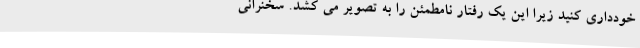
خودداری کنید زیرا این یک رفتار نامطمئن را به تصویر می کشد. سخنرانی